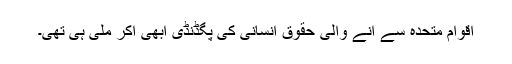
اقوام متحدہ سے آنے والی حقوق انسانی کی پگڈنڈی ابھی آکر ملی ہی تھی۔